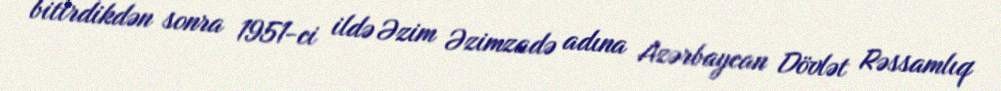
bitirdikdən sonra 1951-ci ildə Əzim Əzimzadə adına Azərbaycan Dövlət Rəssamlıq